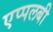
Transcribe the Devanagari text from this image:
एप्पलबी